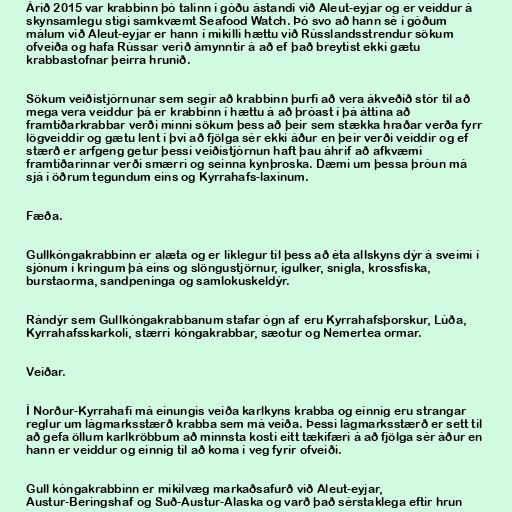
Árið 2015 var krabbinn þó talinn í góðu ástandi við Aleut-eyjar og er veiddur á
skynsamlegu stigi samkvæmt Seafood Watch. Þó svo að hann sé í góðum
málum við Aleut-eyjar er hann í mikilli hættu við Rússlandsstrendur sökum
ofveiða og hafa Rússar verið ámynntir á að ef það breytist ekki gætu
krabbastofnar þeirra hrunið.

Sökum veiðistjórnunar sem segir að krabbinn þurfi að vera ákveðið stór til að
mega vera veiddur þá er krabbinn í hættu á að þróast í þá áttina að
framtíðarkrabbar verði minni sökum þess að þeir sem stækka hraðar verða fyrr
lögveiddir og gætu lent í því að fjölga sér ekki áður en þeir verði veiddir og ef
stærð er arfgeng getur þessi veiðistjórnun haft þau áhrif að afkvæmi
framtíðarinnar verði smærri og seinna kynþroska. Dæmi um þessa þróun má
sjá í öðrum tegundum eins og Kyrrahafs-laxinum.

Fæða.

Gullkóngakrabbinn er alæta og er líklegur til þess að éta allskyns dýr á sveimi í
sjónum í kringum þá eins og slöngustjörnur, ígulker, snigla, krossfiska,
burstaorma, sandpeninga og samlokuskeldýr.

Rándýr sem Gullkóngakrabbanum stafar ógn af eru Kyrrahafsþorskur, Lúða,
Kyrrahafsskarkoli, stærri kóngakrabbar, sæotur og Nemertea ormar.

Veiðar.

Í Norður-Kyrrahafi má einungis veiða karlkyns krabba og einnig eru strangar
reglur um lágmarksstærð krabba sem má veiða. Þessi lágmarksstærð er sett til
að gefa öllum karlkröbbum að minnsta kosti eitt tækifæri á að fjölga sér áður en
hann er veiddur og einnig til að koma í veg fyrir ofveiði.

Gull kóngakrabbinn er mikilvæg markaðsafurð við Aleut-eyjar,
Austur-Beringshaf og Suð-Austur-Alaska og varð það sérstaklega eftir hrun